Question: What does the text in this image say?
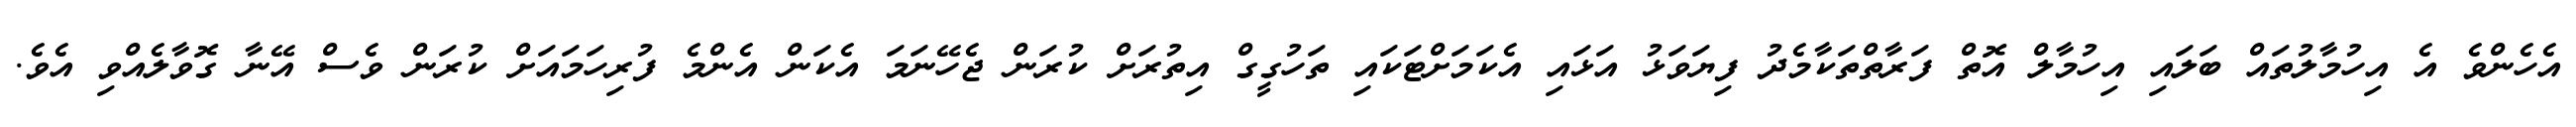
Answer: އެހެންވެ އެ އިހުމާލުތައް ބަލައި އިހުމާލް އޮތް ފަރާތްތަކާމެދު ފިޔަވަޅު އަޅައި އެކަމަށްޓަކައި ތަހުގީގް އިތުރަށް ކުރަން ޖެހޭނަމަ އެކަން އެންމެ ފުރިހަމައަށް ކުރަން ވެސް އޭނާ ގޮވާލެއްވި އެވެ.